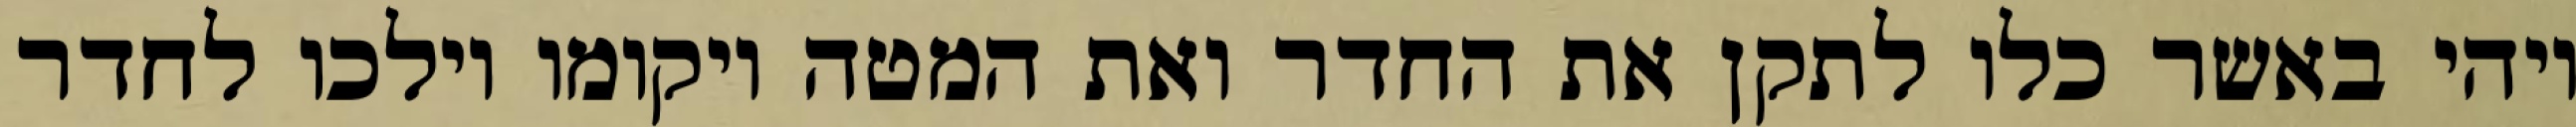
ויהי באשר כלו לתקן את החדר ואת המטה ויקומו וילכו לחדר